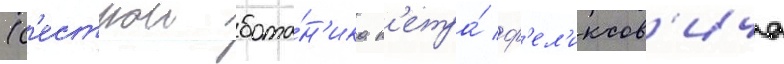
(с'естрои бота́н'ика п'етра́ ф'ел'иксов'ича